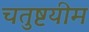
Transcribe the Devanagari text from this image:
चतुष्टयीम